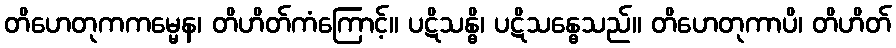
တိဟေတုကကမ္မေန၊ တိဟိတ်ကံကြောင့်။ ပဋိသန္ဓိ၊ ပဋိသန္ဓေသည်။ တိဟေတုကာပိ၊ တိဟိတ်